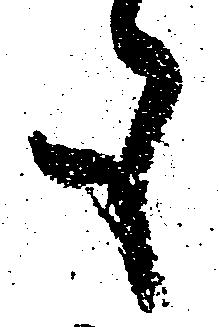
も